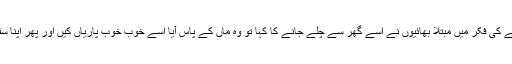
جب اپنی نوکریاں اور عزت بچانے کی فکر میں مبتلا بھائیوں نے اسے گھر سے چلے جانے کا کہا تو وہ ماں کے پاس آیا اسے خوب خوب پاریاں کیں اور پھر اپنا سفری بیگ لے کر گلی میں اتر گیا۔